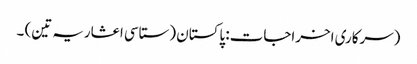
(سرکاری اخراجات: پاکستان (ستاسی اعشاریہ تین) ۔